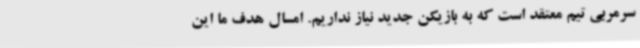
سرمربی تیم معتقد است که به بازیکن جدید نیاز نداریم. امسال هدف ما این